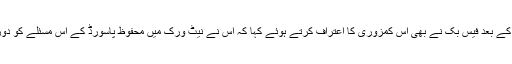
اس انکشاف کے بعد فیس بک نے بھی اس کمزوری کا اعتراف کرتے ہوئے کہا کہ اس نے نیٹ ورک میں محفوظ پاسورڈ کے اس مسئلے کو دور کردیا ہے۔